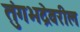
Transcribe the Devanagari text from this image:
तुंगभद्रेवरील